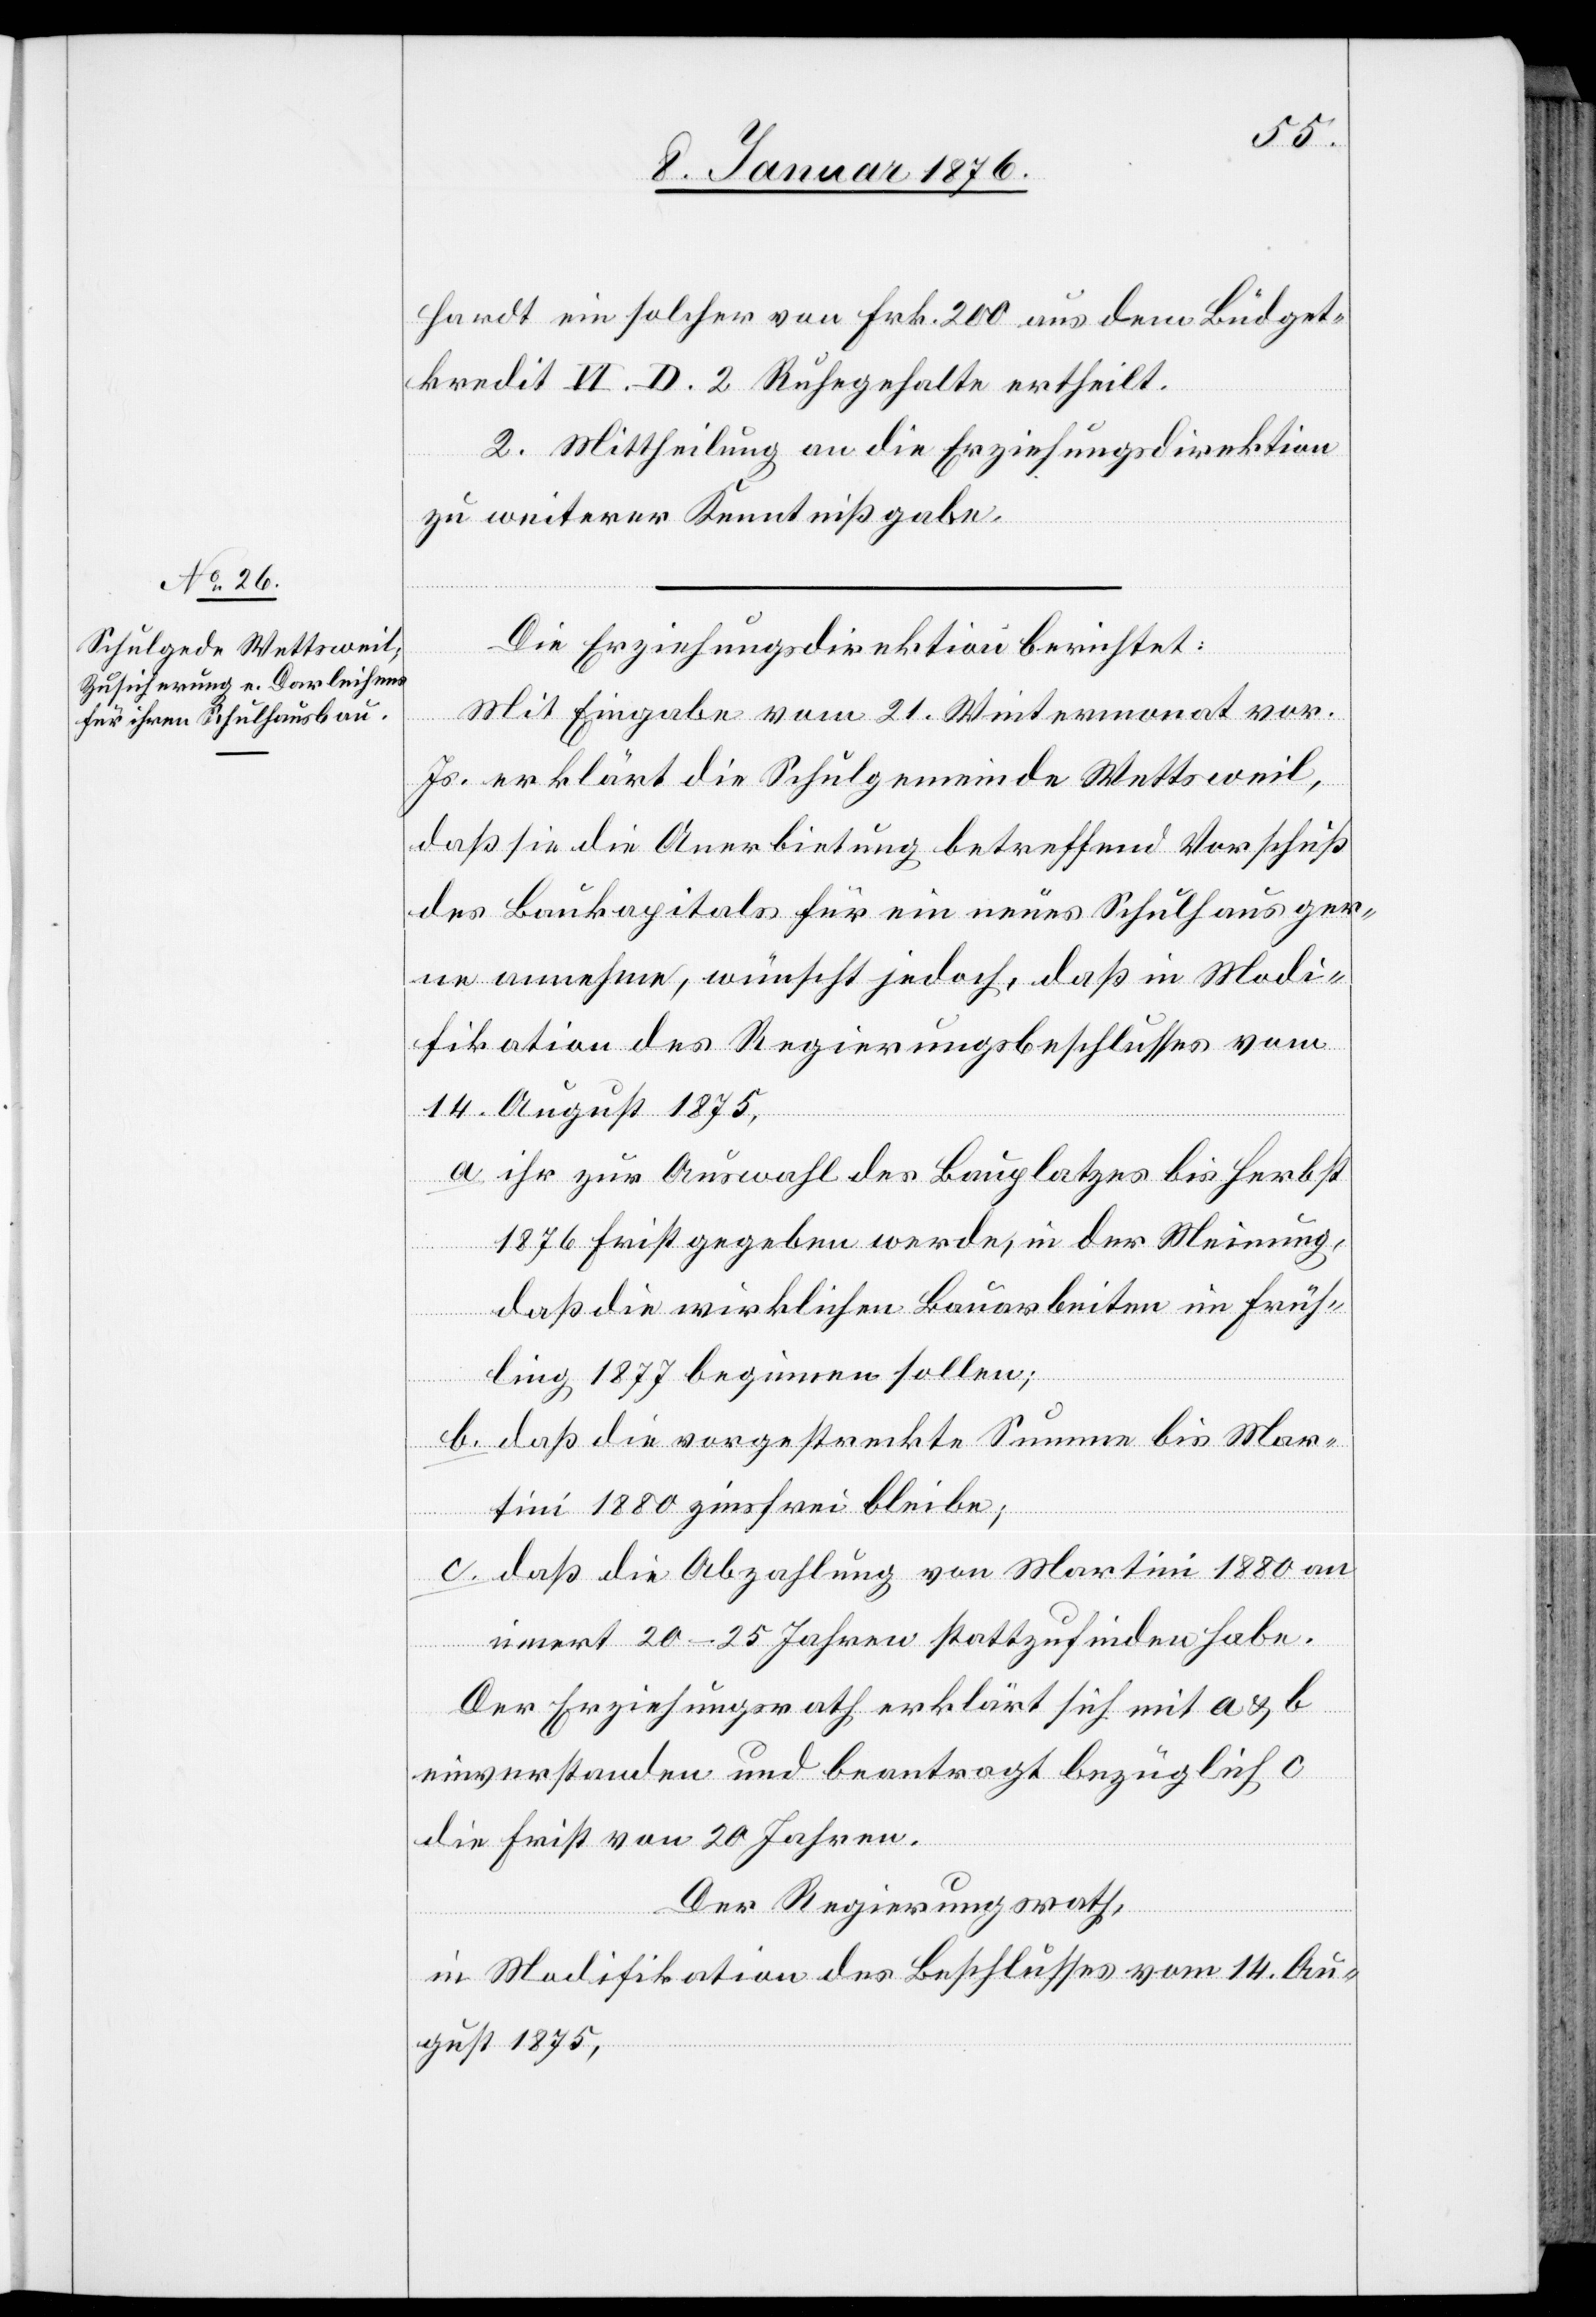
hardt ein solcher von Frk. 200 aus dem Büdget¬
kredit VI. D. 2 Ruhegehalte ertheilt.
2. Mittheilung an die Erziehungsdirektion
zu weiterer Kenntnißgabe.
Die Erziehungsdirektion berichtet:
Mit Eingabe vom 21. Wintermonat vor.
Js. erklärt die Schulgemeinde Wettsweil,
daß sie die Anerbietung betreffend Vorschuß
des Baukapitals für ein neues Schulhaus ger¬
ne annehme, wünscht jedoch, daß in Modi¬
fikation des Regierungsbeschlusses vom
14. August 1875,
ihr zur Auswahl des Bauplatzes bis Herbst
1876 Frist gegeben werde, in der Meinung,
daß die wirklichen Bauarbeiten im Früh¬
ling 1877 beginnen sollen;
daß die vorgestreckte Summe bis Mar¬
tini 1880 zinsfrei bleibe;
daß die Abzahlung von Martini 1880 an
innert 20–25 Jahren stattzufinden habe.
Der Erziehungsrath erklärt sich mit a u. b
einverstanden und beantragt bezüglich c
die Frist von 20 Jahren.
Der Regierungsrath,
in Modifikation des Beschlusses vom 14. Au¬
gust 1875,